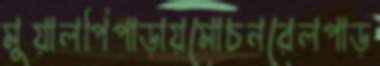
মুয়ালপিপাড়ায়মোচনরেলপাড়